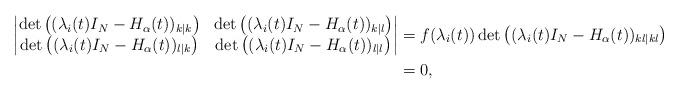
LaTeX: \begin{align*}\begin{vmatrix}\det\left((\lambda_i(t) I_N-H_{\alpha}(t))_{k|k}\right) &\det\left((\lambda_i(t) I_N-H_{\alpha}(t))_{k|\l}\right) \\\det\left((\lambda_i(t) I_N-H_{\alpha}(t))_{\l|k}\right) & \det\left((\lambda_i(t) I_N-H_{\alpha}(t))_{\l|\l}\right)\end{vmatrix}&=f(\lambda_i(t))\det\left((\lambda_i(t) I_N-H_{\alpha}(t))_{k\l|k\l}\right)\\&=0,\end{align*}